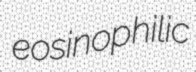
eosinophilic